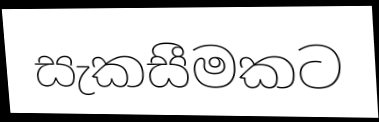
සැකසීමකට